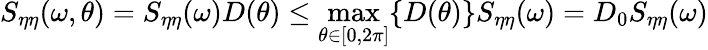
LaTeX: S_{\eta\eta}(\omega,\theta)=S_{\eta\eta}(\omega)D(\theta)\leq\operatorname*{max}_{\theta\in\left[0,2\pi\right]}\{ D(\theta)\} S_{\eta\eta}(\omega)=D_{0}S_{\eta\eta}(\omega)